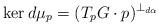
LaTeX: \begin{align*}\ker d \mu_p = (T_p G \cdot p)^{\perp_{d\alpha}}\end{align*}